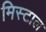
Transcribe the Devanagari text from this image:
मिस्टाल